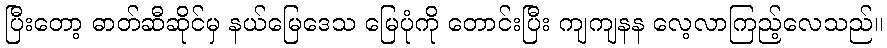
ပြီးတော့ ဓာတ်ဆီဆိုင်မှ နယ်မြေဒေသ မြေပုံကို တောင်းပြီး ကျကျနန လေ့လာကြည့်လေသည်။